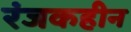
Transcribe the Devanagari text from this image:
रंजकहीन